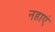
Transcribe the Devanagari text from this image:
नहाएं